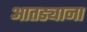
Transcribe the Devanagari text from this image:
आतड्याना